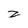
Character: z